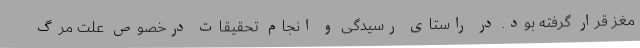
مغز قرار گرفته بود. در راستای رسیدگی و انجام تحقیقات درخصوص علت مرگ